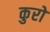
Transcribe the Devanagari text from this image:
कुरो